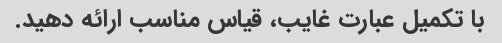
با تکمیل عبارت غایب، قیاس مناسب ارائه دهید.